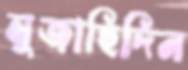
মুজাহিদিন